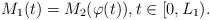
LaTeX: \begin{align*}M_1(t) = M_2(\varphi(t)), t\in[0,L_1).\end{align*}